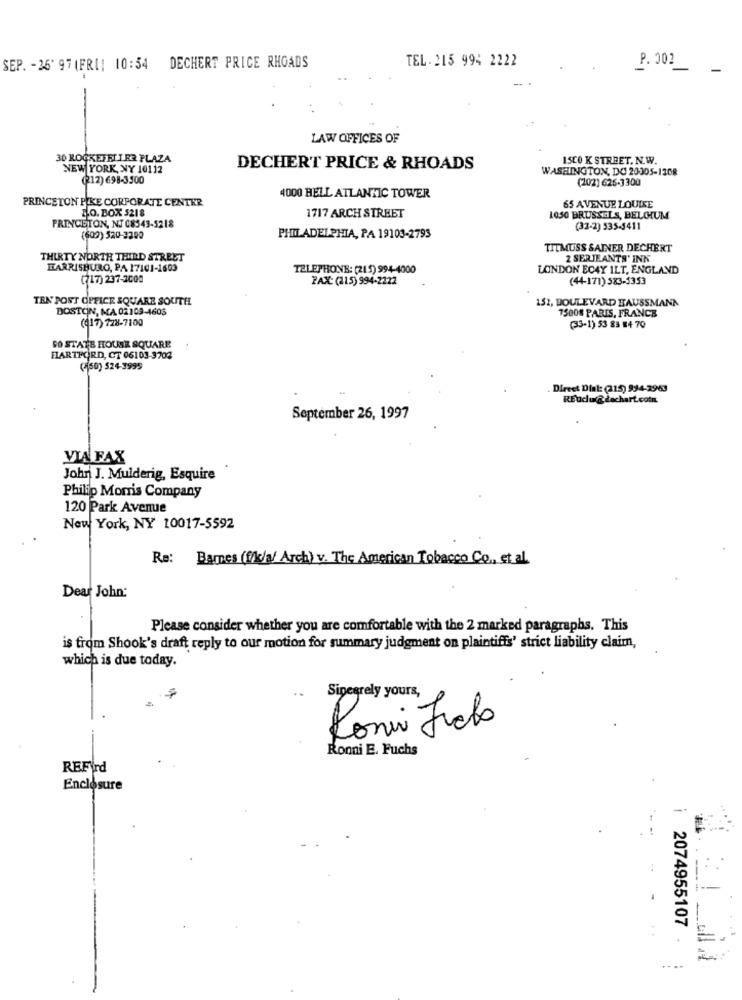
TEL.215 994 2222
P. 302
SEP. - 26' 97 (FRI! 10:54 DECHERT PRICE RHOADS
LAW OFFICES OF
30 ROCKEFELLRE PLAZA
ISCO K STREET. N.W.
NEW YORK, NY 10112
DECHERT PRICE & RHOADS
WASHINGTON, DC 20305-1208
(212) 698-3500
(202) 626-3300
PRINCETON PIKE CORPORATE CENTER
4000 HELL ATLANTIC TOWER
O. BOX 5218
1717 ARCH STREET
65 AVENUE LOUISE
1050 BRUSSELS, BELGIUM
PRINCETON, NJ 08543-5218
(32-2) 535-3411
(602) 520-3300
PHILADELPHIA, PA 19103-2793
TITMUSS SAINER DECHERT
THIRTY NORTH THIRD STREET
2 SERJEANTS' INK
HARRISBURG, PA 17101-1603
TELEPHONE: (215) 994-4000
LONDON BC4Y ILT, ENGLAND
(717) 237-2000
FAX: (215) 994-2222
(44-171) 583-5353
TEN POST OFFICE SQUARE SOUTHL
152, BOULEVARD HAUSSMANN
DOSTON, MA 02103-4605
75008 PARIS, FRANCE
(417) 728-7100
(33-1) 53 83 84 70
SO STATE HOUSE SQUARE
HARTFORD, CT 06103-3702
(450) 524-3995
. Direct Dial: (215) 994-3963
REudu@dachart.com
September 26, 1997
VIA FAX
John J. Mulderig, Esquire
Philip Mom's Company
120 Park Avenue
New York, NY 10017-5592
Re: Barnes (f/c/a/ Arch) v. The American Tobacco Co ., et al.
Dear John:
Please consider whether you are comfortable with the 2 marked paragraphs. This
is from Shook's draft reply to our motion for summary judgment on plaintiffs' strict liability claim,
which is due today.
Sipegrely yours,
Romi Julho
Ronni E. Fuchs
REFird
Enclosure
2074955107
.. ..